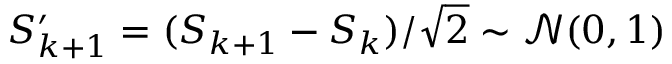
S _ { k + 1 } ^ { \prime } = ( S _ { k + 1 } - S _ { k } ) / \sqrt { 2 } \sim \mathcal { N } ( 0 , 1 )